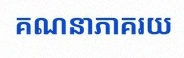
គណនាភាគរយ